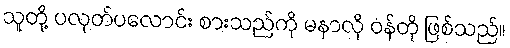
သူတို့ ပလုတ်ပလောင်း စားသည်ကို မနာလို ဝန်တို ဖြစ်သည်။